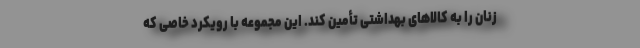
زنان را به کالاهای بهداشتی تأمین کند. این مجموعه با رویکرد خاصی که